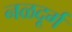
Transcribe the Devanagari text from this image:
नळदूर्ग